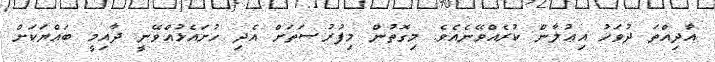
އާދިއްތަ ދުވަހު އިޢުލާން ކުރެއްވޭނެއެވެ. މިގޮތުން މިފުރުޞަތަށް އެދި ހުށައެޅުއްވޭނީ ދާއިމީ ބައްޔަކަށް